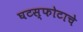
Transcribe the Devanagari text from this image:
घटस्फोटाचे